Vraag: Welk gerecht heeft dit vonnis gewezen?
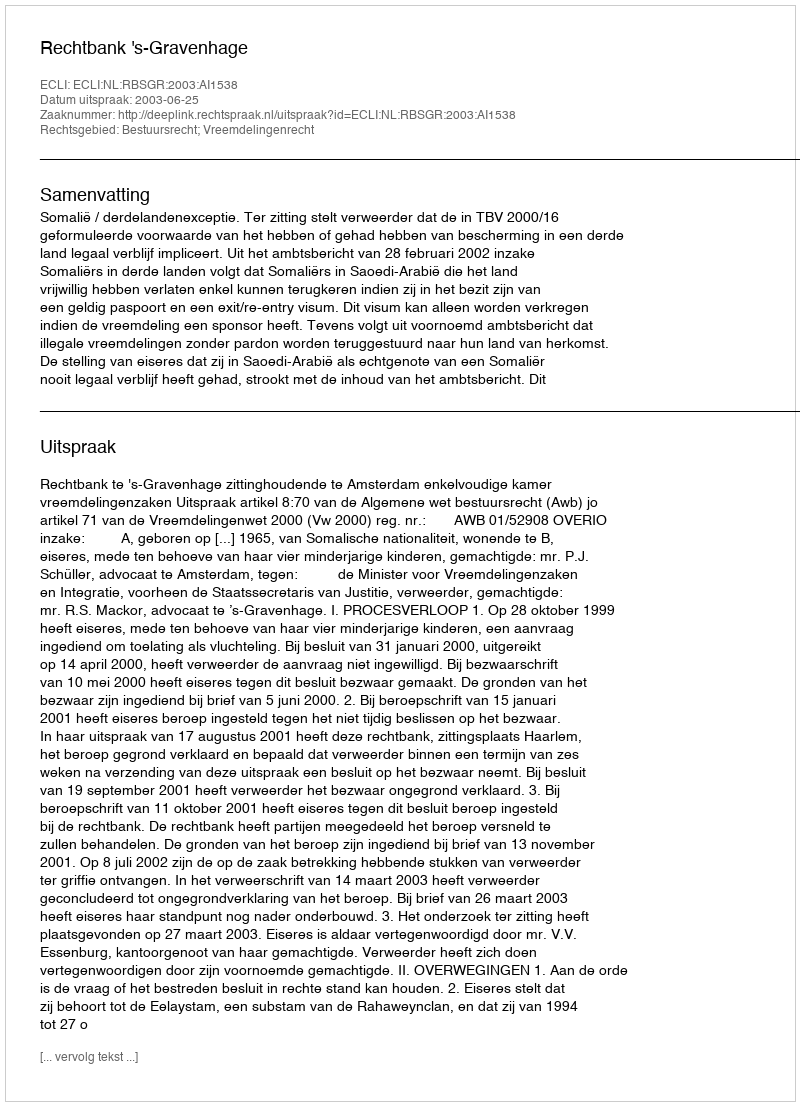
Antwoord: Rechtbank 's-Gravenhage